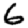
Digit: 6